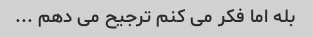
بله اما فکر می کنم ترجیح می دهم ...